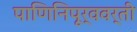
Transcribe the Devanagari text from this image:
पाणिनिपूर्ववर्ती